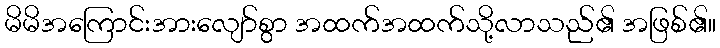
မိမိအကြောင်းအားလျော်စွာ အထက်အထက်သို့လာသည်၏ အဖြစ်၏။